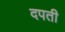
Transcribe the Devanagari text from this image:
दपती